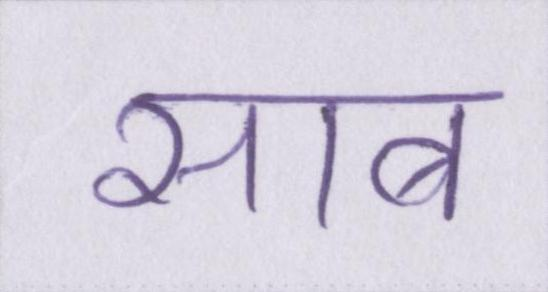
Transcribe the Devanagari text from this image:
साब